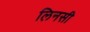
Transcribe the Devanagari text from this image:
लिनसी